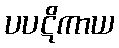
ပပဋိကာယ